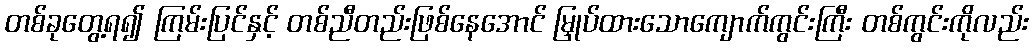
တစ်ခုတွေ့ရ၍ ကြမ်းပြင်နှင့် တစ်ညီတည်းဖြစ်နေအောင် မြှုပ်ထားသောကျောက်ကွင်းကြီး တစ်ကွင်းကိုလည်း